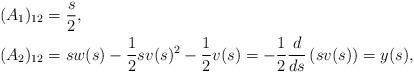
LaTeX: \begin{align*}&(A_1)_{12} =\frac{s}{2}, \\&(A_2)_{12} = s w(s) -\frac{1}{2} s v(s)^2-\frac{1}{2}v(s) = -\frac{1}{2}\frac{d}{ds}\left(s v(s) \right)=y(s), \end{align*}